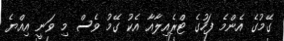
ގޭމުގެ އެންމެ ފަހުގެ ޓްރެއިލާއާ އެކު ގޭމު ވެސް މި ވަނީ އިއްޔެ